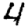
Digit: 4